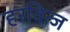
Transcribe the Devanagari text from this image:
हरवित्ज